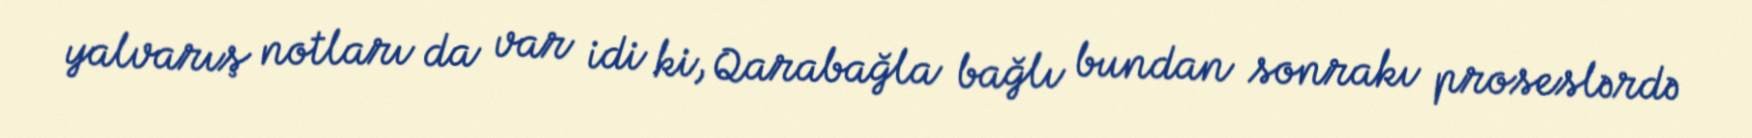
yalvarış notları da var idi ki, Qarabağla bağlı bundan sonrakı proseslərdə